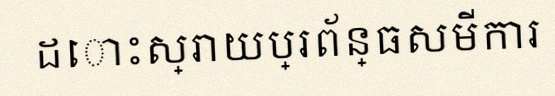
ដោះស្រាយប្រព័ន្ធសមីការ